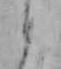
か